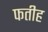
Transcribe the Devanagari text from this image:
फतीह